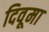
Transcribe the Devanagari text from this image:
दिवूमा